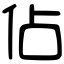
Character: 佔